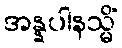
အန္နပါနသ္မိံ